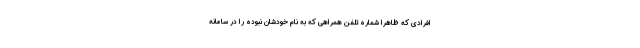
افرادی که ظاهرا شماره تلفن همراهی که به نام خودشان نبوده را در سامانه